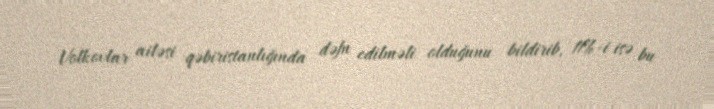
Volkovlar ailəsi qəbiristanlığında dəfn edilməli olduğunu bildirib, 11%-i isə bu